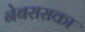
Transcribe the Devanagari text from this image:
नेबरासका